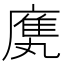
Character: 𫷿